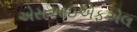
એસઆઇએફએલ